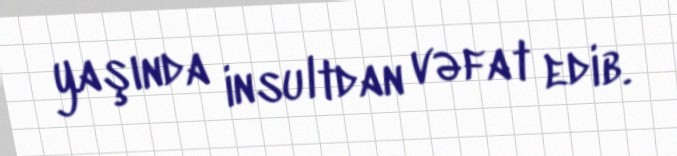
yaşında insultdan vəfat edib.